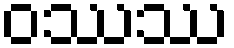
ဝဿဿ